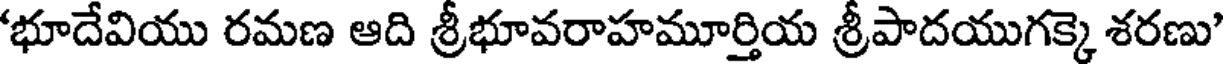
భూదేవియు రమణ ఆది శ్రీభూవరాహమూర్తియ శ్రీపాదయుగక్కె శరణు'